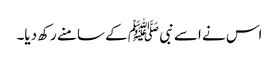
اس نے اسے نبی ﷺ کے سامنے رکھ دیا۔